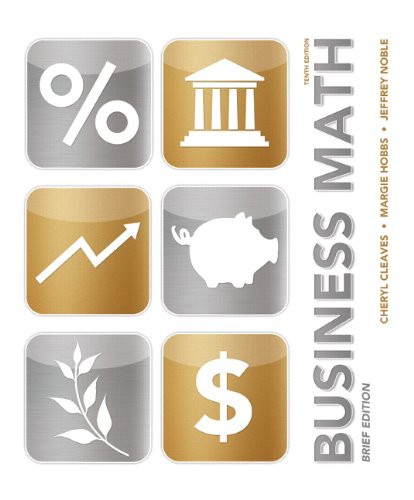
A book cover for Business Math Brief (10th Edition); Cheryl Cleaves; Business & Money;